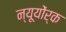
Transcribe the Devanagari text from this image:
न्यूयोंर्क